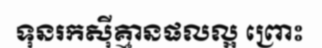
ទុនរកស៊ីគ្មានផលល្អ ព្រោះ